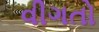
વીગતો